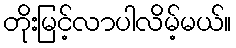
တိုးမြင့်လာပါလိမ့်မယ်။